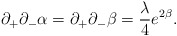
\begin{align*}\partial_+\partial_-\alpha=\partial_+\partial_-\beta=\frac{\lambda}{4}e^{2\beta}.\end{align*}